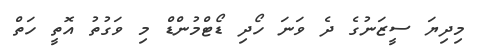
މިދިޔަ ސީޒަނުގެ ދެ ވަނަ ހޯދި ޑޯޓްމުންޑް މި ވަގުތު އޮތީ ހަތް